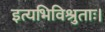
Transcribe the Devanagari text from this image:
इत्यभिविश्रुताः।